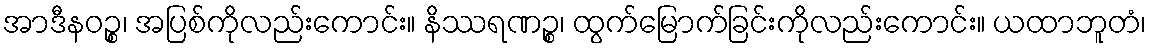
အာဒီနဝဉ္စ၊ အပြစ်ကိုလည်းကောင်း။ နိဿရဏဉ္စ၊ ထွက်မြောက်ခြင်းကိုလည်းကောင်း။ ယထာဘူတံ၊